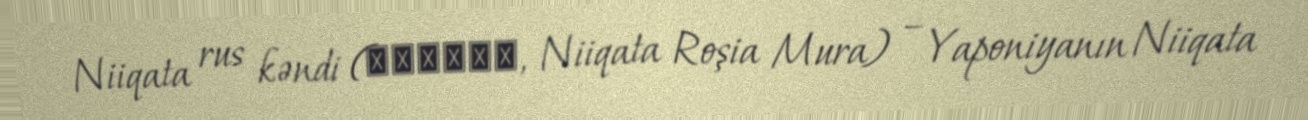
Niiqata rus kəndi (新潟ロシア村, Niiqata Roşia Mura) – Yaponiyanın Niiqata